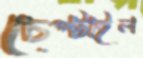
চেপ্‌টাইল